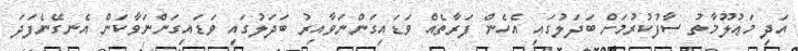
އަދި މަޢުލޫމާތު ސާފުކުރުމަށް ބަދަލުގައި އެހެން ފަރާތެއް ވަޑައިގަންނަވާއިރު ބަދަލުގައި ވަޑައިގަންނަވާކަން އެނގޭނެފަދަ